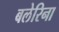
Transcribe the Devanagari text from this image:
बलेरिना